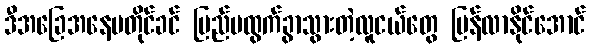
ဒီအခြေအနေမတိုင်ခင် ပြည်ပထွက်ခွာသွားတဲ့လူငယ်တွေ ပြန်လာနိုင်အောင်